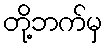
တို့ဘက်မှ